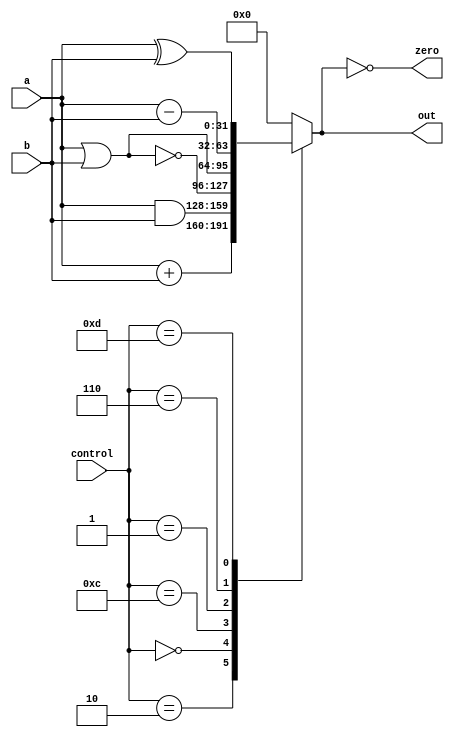
module alu(out,zero,control,a,b);

input		[3:0]	control;
		
input		[31:0]	a, b;
		
output reg	[31:0]	out;
		
output			zero;

	
wire [31:0] sub_ab;

wire [31:0] add_ab;



	
assign zero = (out == 0);

	
assign sub_ab = a-b;
	
assign add_ab = a+b;



always @(*)
 begin
	
  #10
		
case (control)
			
4'd2:out=add_ab;				
   //add
		4'd0:out = a&b;  
 //and
			4'd12:out=~(a|b);				
 //nor
			4'd1:out=a|b;				   
 //or
			4'd6:out=sub_ab;				  
 //sub
			4'd13:out=a^b;				   
 //xor
			default:out=0;
		
endcase

end

endmodule